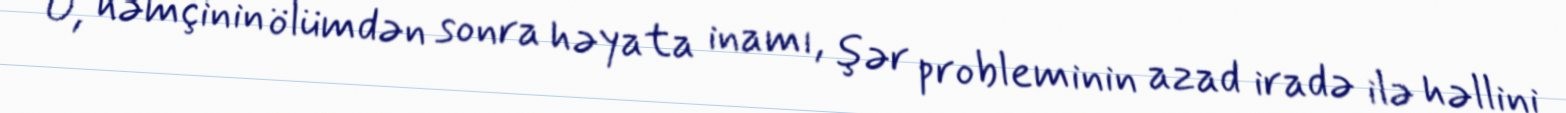
O, həmçinin ölümdən sonra həyata inamı, şər probleminin azad iradə ilə həllini